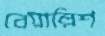
বেয়াল্লিশ